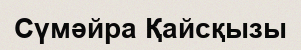
Сүмәйра Қайсқызы